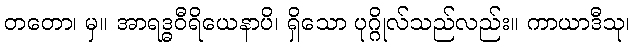
တတော၊ မှ။ အာရဒ္ဓဝီရိယေနာပိ၊ ရှိသော ပုဂ္ဂိုလ်သည်လည်း။ ကာယာဒီသု၊